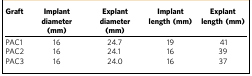
<table><thead><tr><td><b>Graft</b></td><td><b>Implant diameter (mm)</b></td><td><b>Explant diameter (mm)</b></td><td><b>Implant length (mm)</b></td><td><b>Explant length (mm)</b></td></tr></thead><tbody><tr><td>PAC1</td><td>16</td><td>24.7</td><td>19</td><td>41</td></tr><tr><td>PAC2</td><td>16</td><td>24.1</td><td>16</td><td>39</td></tr><tr><td>PAC3</td><td>16</td><td>24.0</td><td>16</td><td>37</td></tr></tbody></table>